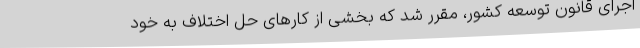
اجرای قانون توسعه کشور، مقرر شد که بخشی از کارهای حل اختلاف به خود